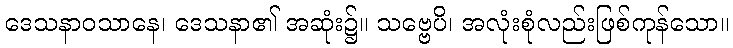
ဒေသနာဝသာနေ၊ ဒေသနာ၏ အဆုံး၌။ သဗ္ဗေပိ၊ အလုံးစုံလည်းဖြစ်ကုန်သော။